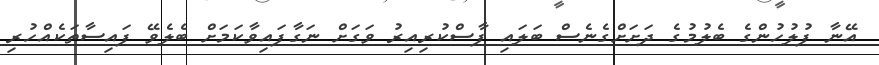
އޭނާ ފުލުހުންގެ ބެލުމުގެ ދަށަށްގެނެސް ބަލައި ފާސްކުރިއިރު ވަގަށް ނަގާފައިވާކަމަށް ބެލެވޭ ފައިސާތަކެއްހުރި